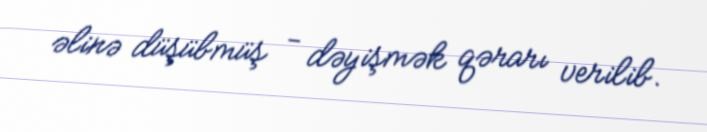
əlinə düşübmüş - dəyişmək qərarı verilib.